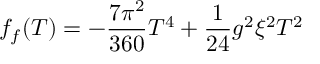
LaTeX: f _ { f } ( T ) = - \frac { 7 \pi ^ { 2 } } { 3 6 0 } T ^ { 4 } + \frac { 1 } { 2 4 } g ^ { 2 } \xi ^ { 2 } T ^ { 2 }